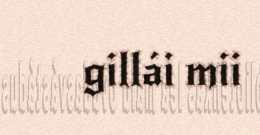
gillái mii